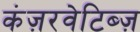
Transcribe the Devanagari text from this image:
कंज़रवेटिब्ज़